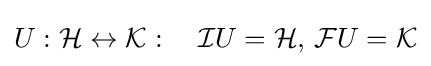
U:{\mathcal {H}}\leftrightarrow {\mathcal {K}}:\quad {\mathcal {I}}U={\mathcal {H}},\,{\mathcal {F}}U={\mathcal {K}}